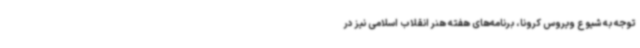
توجه به شیوع ویروس کرونا، برنامه‌های هفته هنر انقلاب اسلامی نیز در